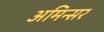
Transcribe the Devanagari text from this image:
अमिन्सर